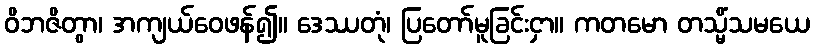
ဝိဘဇိတွာ၊ အကျယ်ဝေဖန်၍။ ဒေဿတုံ၊ ပြတော်မူခြင်းငှာ။ ကတမော တသ္မိံသမယေ